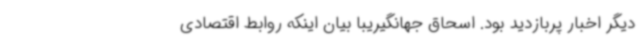
دیگر اخبار پربازدید بود. اسحاق جهانگیریبا بیان اینکه روابط اقتصادی